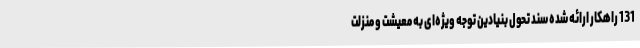
131 راهکار ارائه شده سند تحول بنیادین توجه ویژه‌ای به معیشت و منزلت